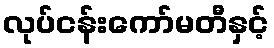
လုပ်ငန်းကော်မတီနှင့်